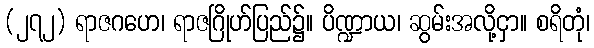
(၂၇၂) ရာဇဂဟေ၊ ရာဇဂြိုဟ်ပြည်၌။ ပိဏ္ဍာယ၊ ဆွမ်းအလို့ငှာ။ စရိတုံ၊